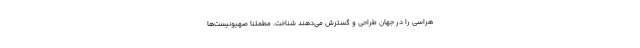
هراسی را در جهان طراحی و گسترش می‌دهند شناخت. مطمئناً صهیونیست‌ها